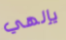
يإلهي